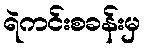
ရဲကင်းစခန်းမှ